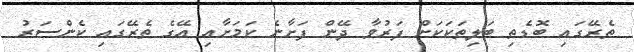
ތެރޭގައި ބޮޑެތި ބަލިތަކަކަށް ފަރުވާ ދޭން ފަށާނެ ކަމަށާއި އޭގެ ތެރޭގައި ކެންސަރު